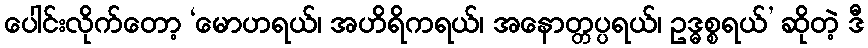
ပေါင်းလိုက်တော့ ‘မောဟရယ်၊ အဟိရိကရယ်၊ အနောတ္တပ္ပရယ်၊ ဥဒ္ဓစ္စရယ်’ ဆိုတဲ့ ဒီ